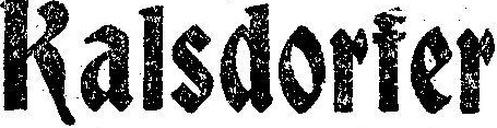
Kalsdorfer